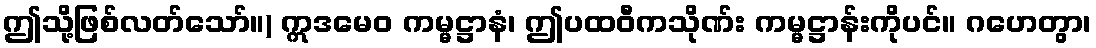
ဤသို့ဖြစ်လတ်သော်။) ဣဒမေဝ ကမ္မဋ္ဌာနံ၊ ဤပထဝီကသိုဏ်း ကမ္မဋ္ဌာန်းကိုပင်။ ဂဟေတွာ၊